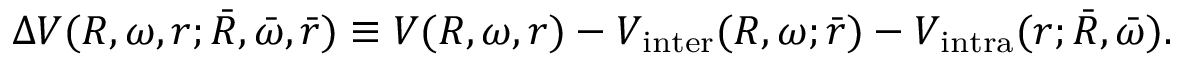
\Delta V ( R , \omega , r ; \bar { R } , \bar { \omega } , \bar { r } ) \equiv V ( R , \omega , r ) - V _ { \mathrm { i n t e r } } ( R , \omega ; \bar { r } ) - V _ { \mathrm { i n t r a } } ( r ; \bar { R } , \bar { \omega } ) .